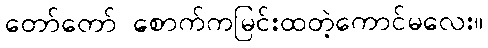
တော်တော် စောက်ကမြင်းထတဲ့ကောင်မလေး။